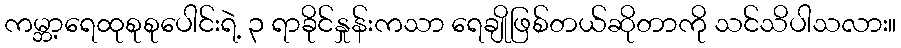
ကမ္ဘာ့ရေထုစုစုပေါင်းရဲ့ ၃ ရာခိုင်နှုန်းကသာ ရေချိုဖြစ်တယ်ဆိုတာကို သင်သိပါသလား။